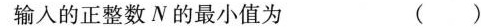
输入的正整数N的最小值为 ( )